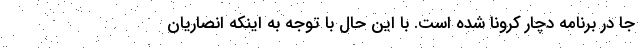
جا در برنامه دچار کرونا شده است. با این حال با توجه به اینکه انصاریان